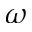
\omega